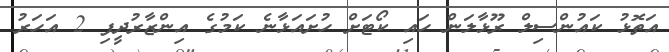
އަތޮޅު ކައުންސިލް ރޫޅާލަން ހައި ކޯޓަށް ހުށައަޅާނެ ކަމުގެ އިންޒާރުދީފި 2 އަހަރު